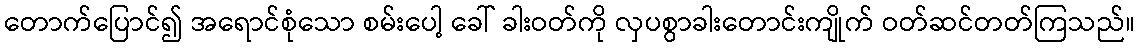
တောက်ပြောင်၍ အရောင်စုံသော စမ်းပေါ့ ခေါ် ခါးဝတ်ကို လှပစွာခါးတောင်းကျိုက် ဝတ်ဆင်တတ်ကြသည်။